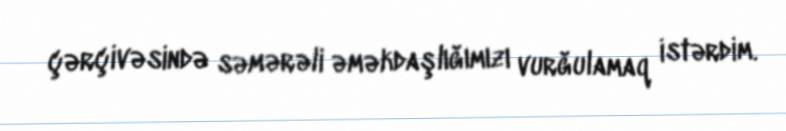
çərçivəsində səmərəli əməkdaşlığımızı vurğulamaq istərdim.